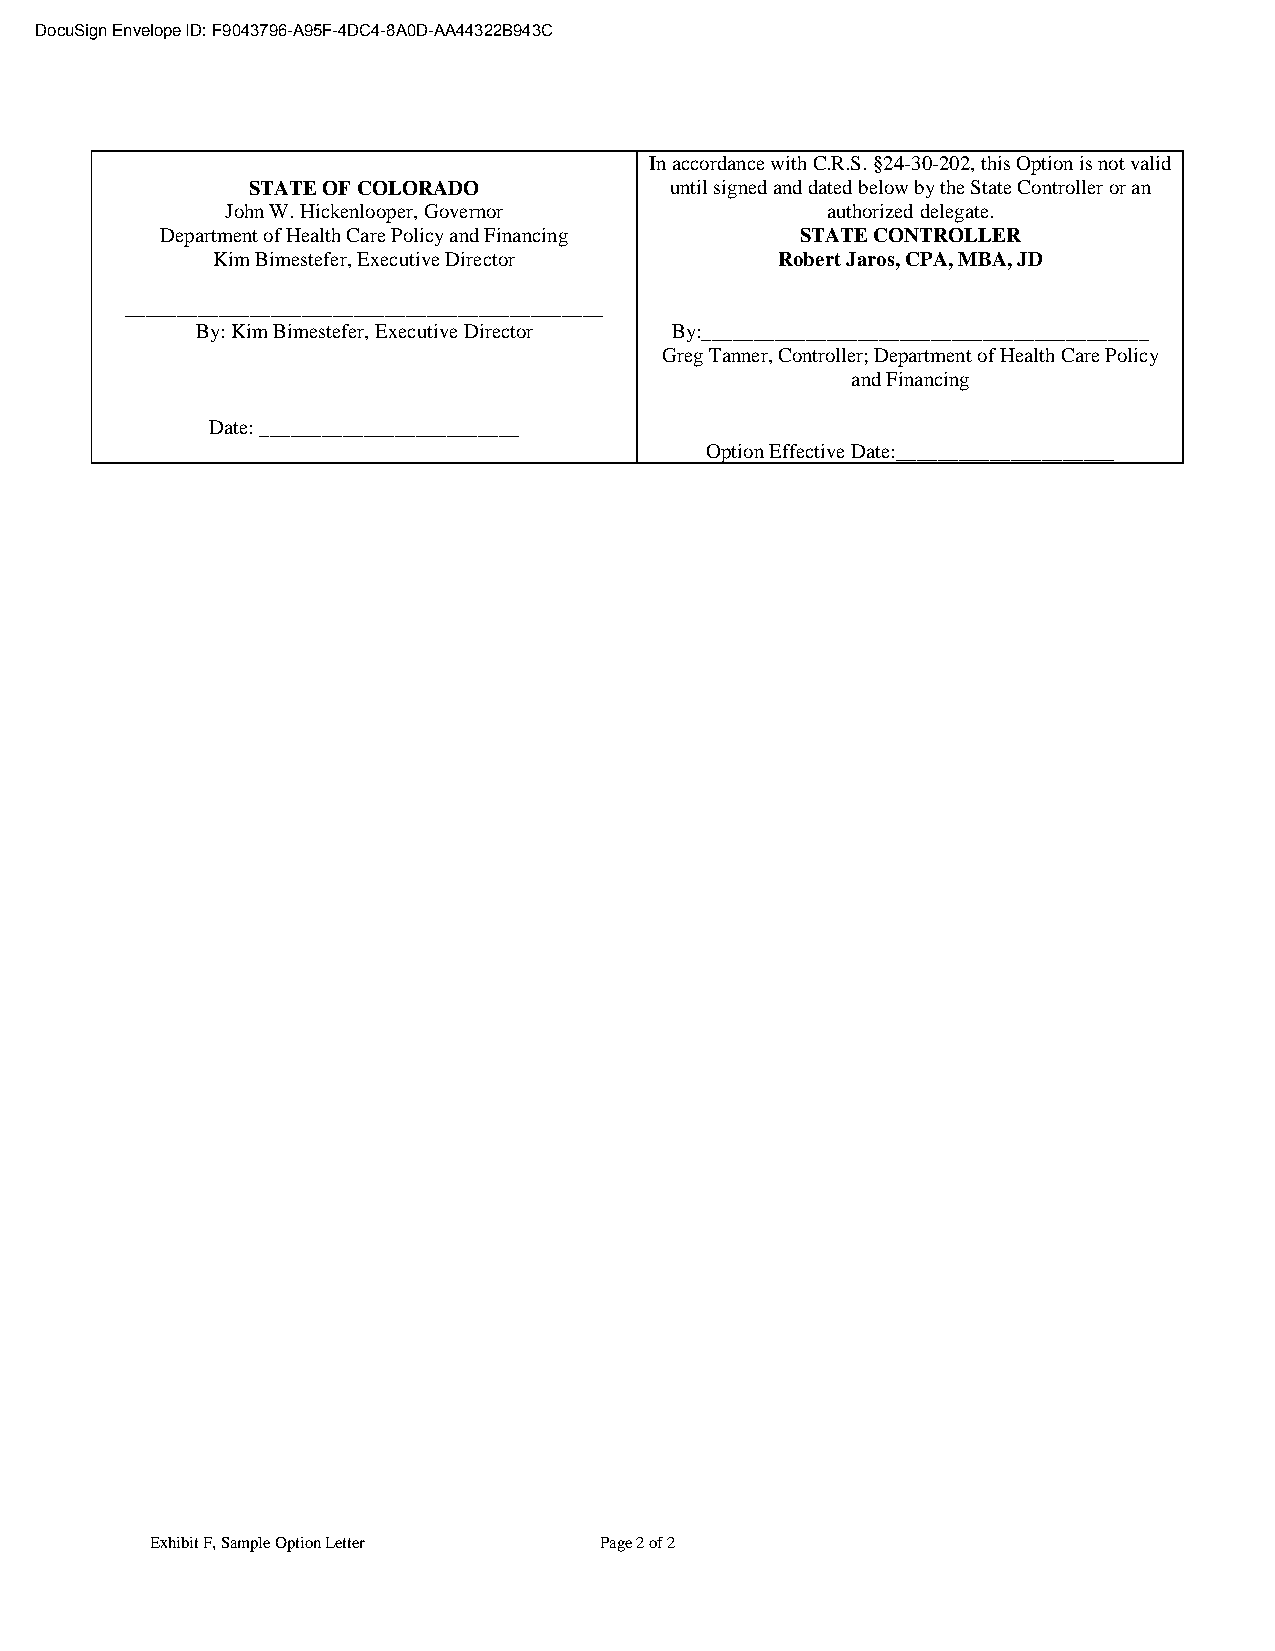
DocuSign Envelope ID: F9043796-A95F-4DC4-8A0D-AA44322B943C
 In accordance with C.R.S. §24-30-202, this Option is not valid
 STATE OF COLORADO          until signed and dated below by the State Controller or an
 John W. Hickenlooper, Governor          authorized delegate.
 Department of Health Care Policy and Financing STATE CONTROLLER
 Kim Bimestefer, Executive Director    Robert Jaros, CPA, MBA, JD
 ______________________________________________
 By: Kim Bimestefer, Executive Director By:___________________________________________
 Greg Tanner, Controller; Department of Health Care Policy
 and Financing
 Date: _________________________
 Option Effective Date:_____________________
 Exhibit F, Sample Option Letter Page 2 of 2